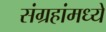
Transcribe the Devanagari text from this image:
संग्रहांमध्ये